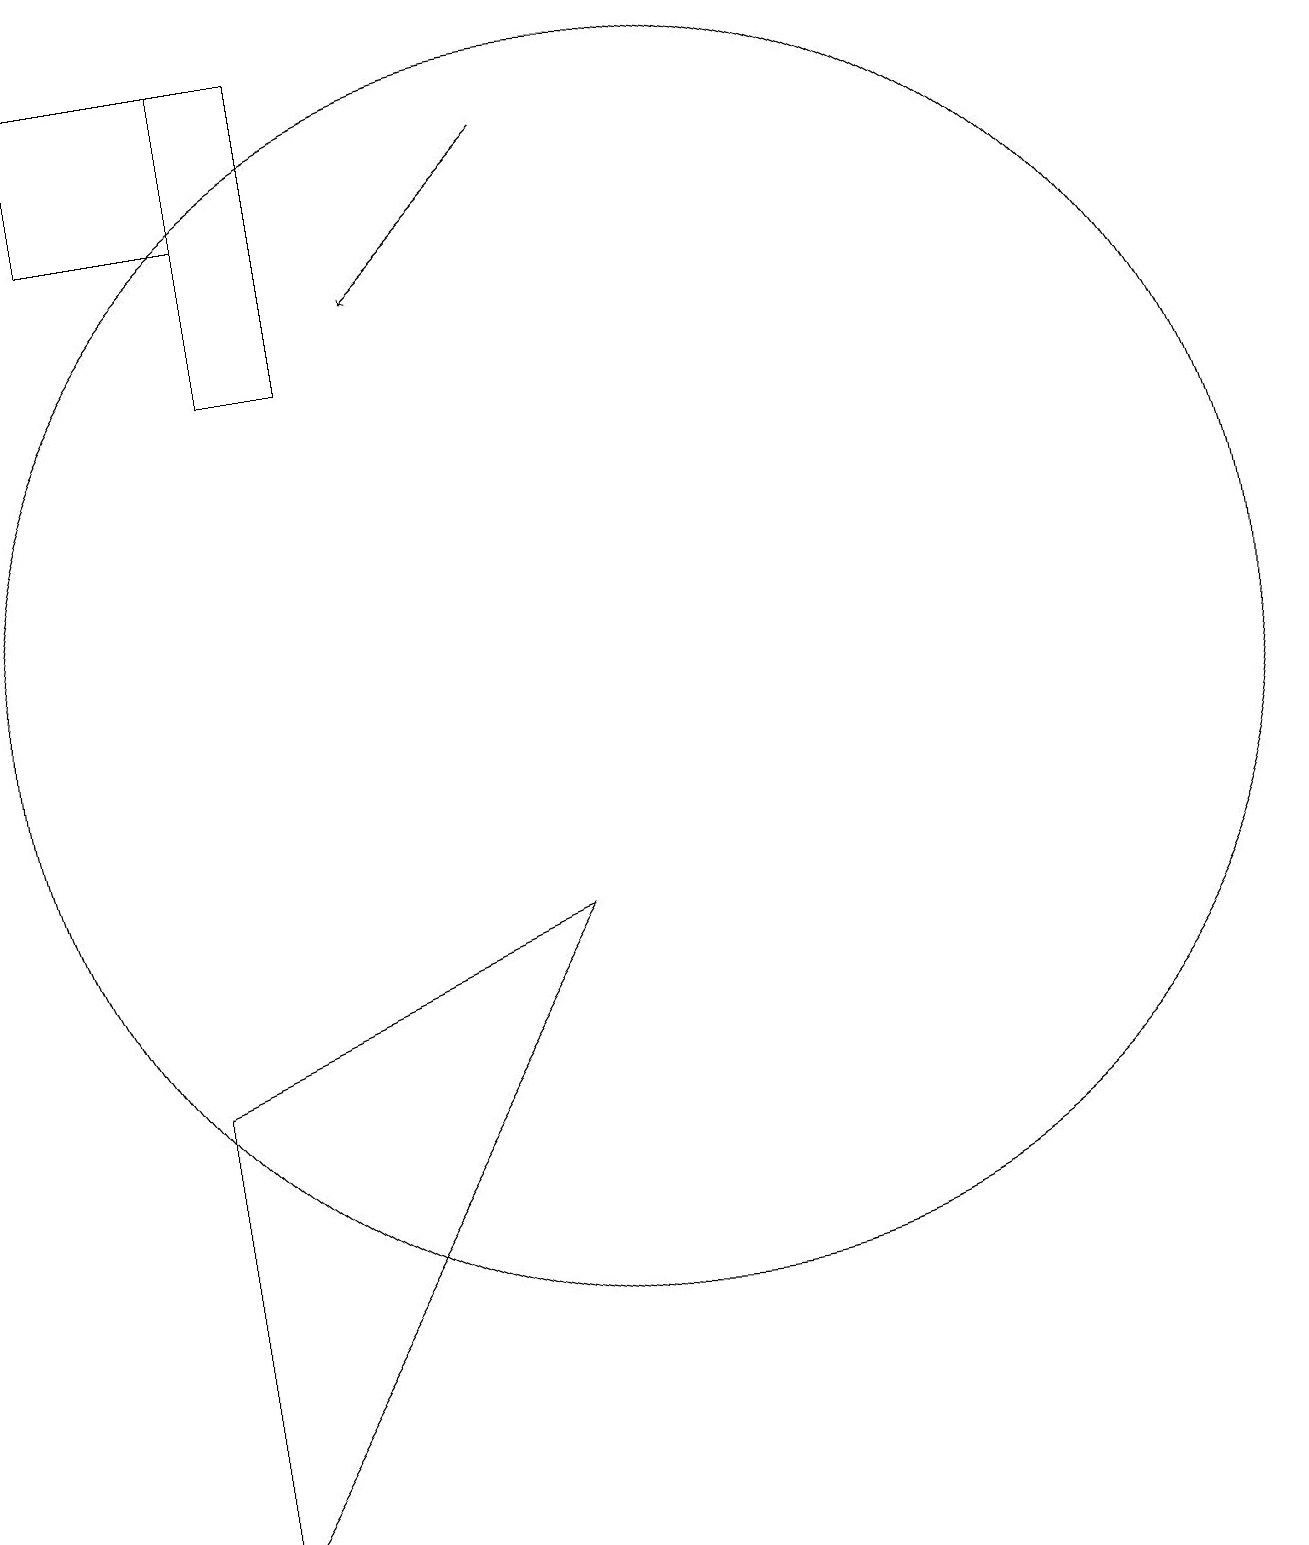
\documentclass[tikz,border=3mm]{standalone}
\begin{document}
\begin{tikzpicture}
\draw (5,19) rectangle (6,15);
\draw[->] (9,18) -- (7,16);
\draw (5,19) rectangle (3,17);
\draw (4,6) -- (4,0) -- (9,8) -- cycle;
\draw (10,11) circle (8);
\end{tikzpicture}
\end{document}